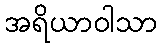
အရိယာဝါသာ